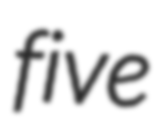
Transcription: five